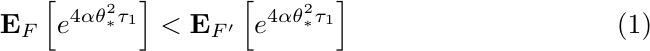
\begin{equation}\label{ineq:EF strictly increasing in F}
{\bf E}_{F}\left[e^{4\alpha\theta_{\ast}^2\tau_1}\right]<{\bf E}_{F'}\left[e^{4\alpha\theta_{\ast}^2\tau_1}\right]
\end{equation}